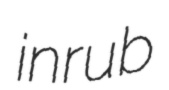
inrub